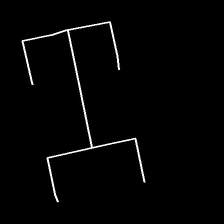
Glyph: entwine